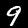
Digit: 9